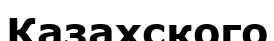
Казахского